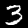
Label: 3